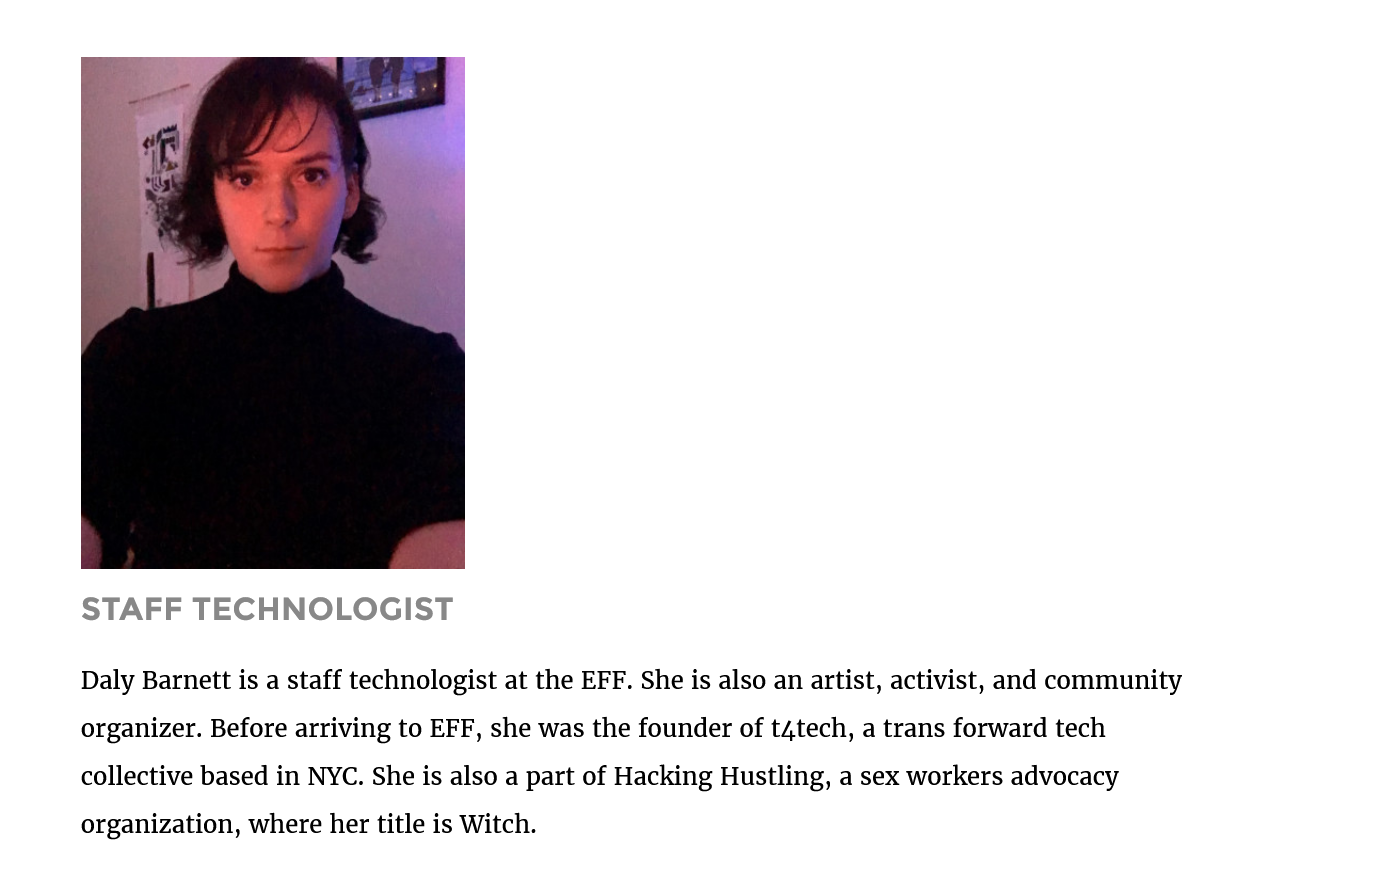
Daly Barnett is a staff technologist at the EFF. She is also an artist, activist, and community
     organizer. Before arriving to EFF, she was the founder of t4tech, a trans forward tech
     collective based in NYC. She is also a part of Hacking Hustling, a sex workers advocacy
     organization, where her title is Witch.
     STAFF   TECHNOLOGIST